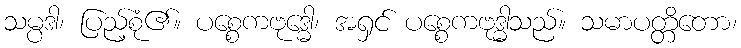
သမ္ပဒါ၊ ပြည့်စုံ၏။ ပစ္စေကဗုဒ္ဓေါ၊ အရှင် ပစ္စေကဗုဒ္ဓါသည်။ သမာပတ္တိတော၊